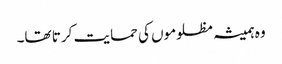
وہ ہمیشہ مظلوموں کی حمایت کر تا تھا۔